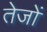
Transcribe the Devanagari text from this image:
तेजों